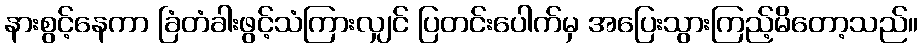
နားစွင့်နေကာ ခြံတံခါးဖွင့်သံကြားလျှင် ပြတင်းပေါက်မှ အပြေးသွားကြည့်မိတော့သည်။